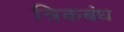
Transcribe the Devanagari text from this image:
त्रिकबंध